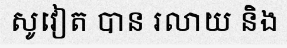
សូវៀត បាន រលាយ និង